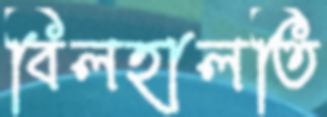
বিলহালতি